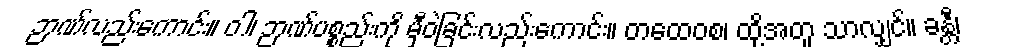
ဉာဏ်လည်းကောင်း။ ဝါ၊ ဉာဏ်ပစ္စည်းကို မှီဝဲခြင်းလည်းကောင်း။ တထေဝစ၊ ထို့အတူ သာလျှင်။ ခန္တီ၊